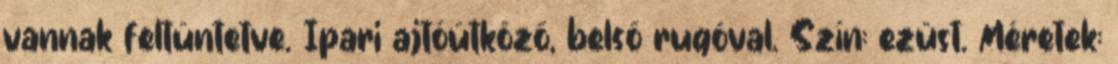
vannak feltüntetve. Ipari ajtóütköző, belső rugóval. Szín: ezüst. Méretek: